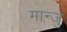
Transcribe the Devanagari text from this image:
मान्जु